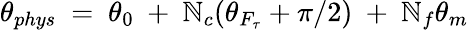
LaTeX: \theta_{phys}~=~\theta_{0}~+~\mathbb{N}_{c}(\theta_{F_{\tau}}+\pi/2)~+~\mathbb{N}_{f}\theta_{m}